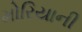
મોરિયાની